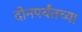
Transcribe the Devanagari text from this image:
दोनपर्यंतच्या